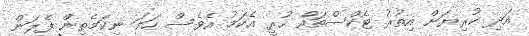
އަދި ކުރިޔަށް އިތުރު ޓެކްސްތައް ހުރީ އެކަމު އެވެސް ހަމަ ނިކަމެތިން ފެލަން